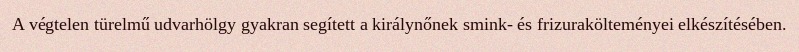
A végtelen türelmű udvarhölgy gyakran segített a királynőnek smink- és frizurakölteményei elkészítésében.